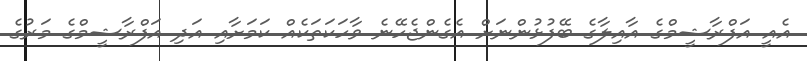
އެއީ އަފްރާޝީމްގެ އާއިލާގެ ބޭފުޅުންނަށް އެގެންޖެހޭނެ ވާހަކަތަކެއް ކަމަށާއި އަދި އަފްރާޝީމްގެ މަރުގެ